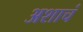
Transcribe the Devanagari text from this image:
अशाचं